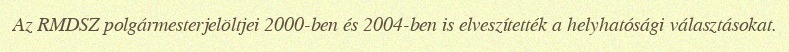
Az RMDSZ polgármesterjelöltjei 2000-ben és 2004-ben is elveszítették a helyhatósági választásokat.